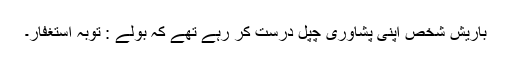
باریش شخص اپنی پشاوری چپل درست کر رہے تھے کہ بولے : توبہ استغفار۔